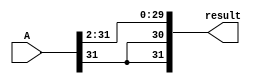
module SRA2(A, result);
    input [31:0] A;
    output [31:0] result;

    assign result[31]=A[31];
    assign result[30] = A[31];
    assign result[29] = A[31];
    assign result[28] = A[30];
    assign result[27] = A[29];
    assign result[26] = A[28];
    assign result[25] = A[27];
    assign result[24] = A[26];
    assign result[23] = A[25];
    assign result[22] = A[24];
    assign result[21] = A[23];
    assign result[20] = A[22];
    assign result[19] = A[21];
    assign result[18] = A[20];
    assign result[17] = A[19];
    assign result[16] = A[18];
    assign result[15] = A[17];
    assign result[14] = A[16];
    assign result[13] = A[15];
    assign result[12] = A[14];
    assign result[11] = A[13];
    assign result[10] = A[12];
    assign result[9] = A[11];
    assign result[8] = A[10];
    assign result[7] = A[9];
    assign result[6] = A[8];
    assign result[5] = A[7];
    assign result[4] = A[6];
    assign result[3] = A[5];
    assign result[2] = A[4];
    assign result[1] = A[3];
    assign result[0] = A[2];
endmodule